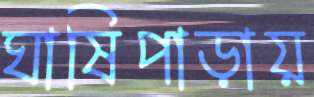
ঘাষিপাড়ায়